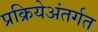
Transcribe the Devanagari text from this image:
प्रक्रियेअंतर्गत